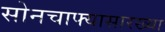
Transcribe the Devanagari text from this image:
सोनचाफ्यासारख्या